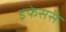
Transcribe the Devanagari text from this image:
इफेसस